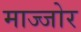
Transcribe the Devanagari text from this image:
माज्जोर